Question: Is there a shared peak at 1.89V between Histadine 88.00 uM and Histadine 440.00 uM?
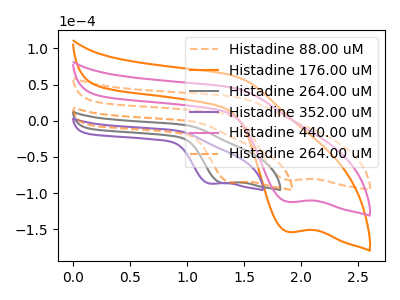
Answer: <think>The orange dashed curve "Histadine 88.00 uM" has a cathodic peak at: (1.90V, -81.95uA). The orange curve "Histadine 176.00 uM" has a cathodic peak at: (1.90V, -224.35uA). The gray curve "Histadine 264.00 uM" has a cathodic peak at: (1.30V, -86.15uA). The purple curve "Histadine 352.00 uM" has a cathodic peak at: (1.20V, -86.95uA). The pink curve "Histadine 440.00 uM" has a cathodic peak at: (1.90V, -112.15uA). The orange dashed curve "Histadine 264.00 uM" has a cathodic peak at: (1.40V, -85.60uA).</think>
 <answer>Yes, "Histadine 88.00 uM" and "Histadine 440.00 uM" share a peak at 1.89V.</answer>
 <eval>match</eval>